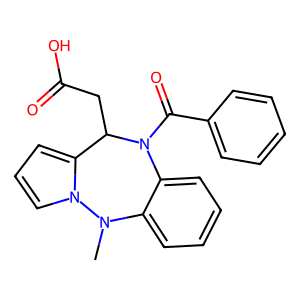
SMILES: CN1c2ccccc2N(C(=O)c2ccccc2)C(CC(=O)O)c2cccn21
Inhibits HIV replication: No